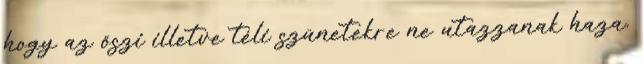
hogy az őszi illetve téli szünetekre ne utazzanak haza.